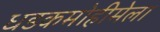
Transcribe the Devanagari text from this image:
धडकमोहीमेला